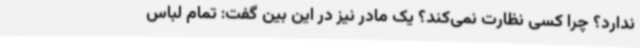
ندارد؟ چرا کسی نظارت نمی‌کند؟ یک مادر نیز در این بین گفت: تمام لباس